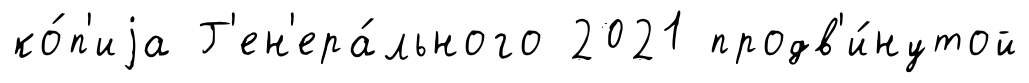
ко́п'иjа Г'ен'ера́льного 2021 продв'и́нутой